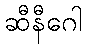
ဆီနီဂေါ